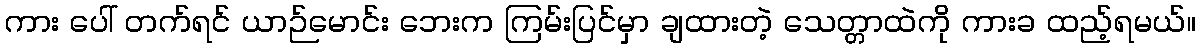
ကား ပေါ် တက်ရင် ယာဉ်မောင်း ဘေးက ကြမ်းပြင်မှာ ချထားတဲ့ သေတ္တာထဲကို ကားခ ထည့်ရမယ်။